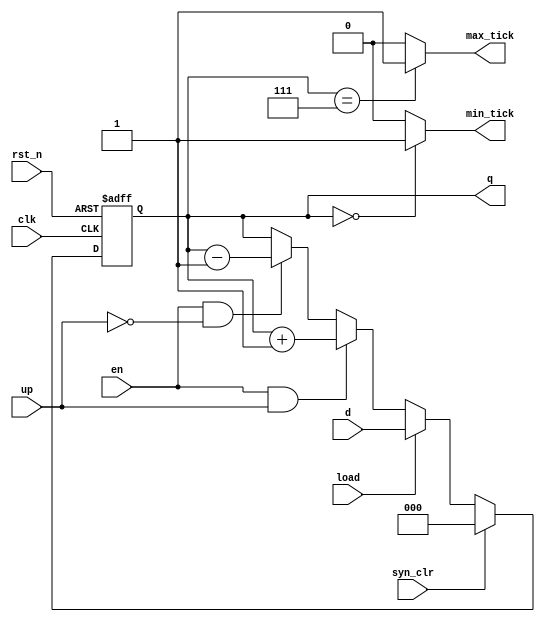
`timescale 1ns / 1ps

module universal_binary_counter
	#(parameter N=3)
	(
		input clk,rst_n,
		input syn_clr,load,en,up,
		input[N-1:0] d,
		output reg[N-1:0] q,
		output max_tick,min_tick	
    );//register plus next-state logics
	 initial q=0;
	 always @(posedge clk,negedge rst_n) begin
		if(!rst_n) q<=0;
		else if(syn_clr) q<=0;
		else if(load) q<=d;
		else if(en && up) q<=q+1;
		else if(en && ~up) q<=q-1;
	 end
	assign max_tick=(q=={N{1'b1}})?1:0;
	assign min_tick=(q==0)?1:0;

endmodule